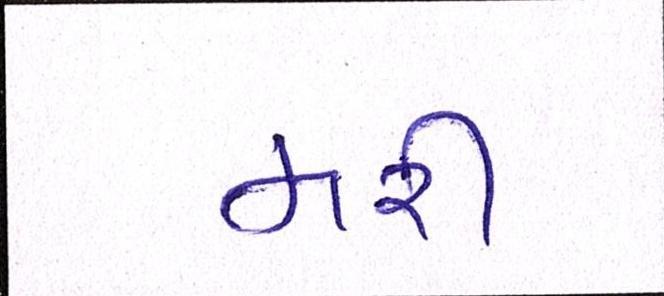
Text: મરી